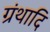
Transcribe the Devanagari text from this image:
ग्रंथादि